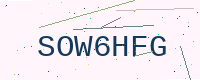
Text: SOW6HFG